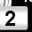
Digit: 2